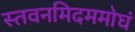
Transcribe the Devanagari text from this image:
स्तवनमिदममोघं